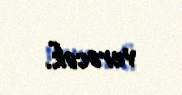
verəcək.